Report of the Indian Hemp Drugs Commission, 1894-1895 - Volume VII
Year: 1894
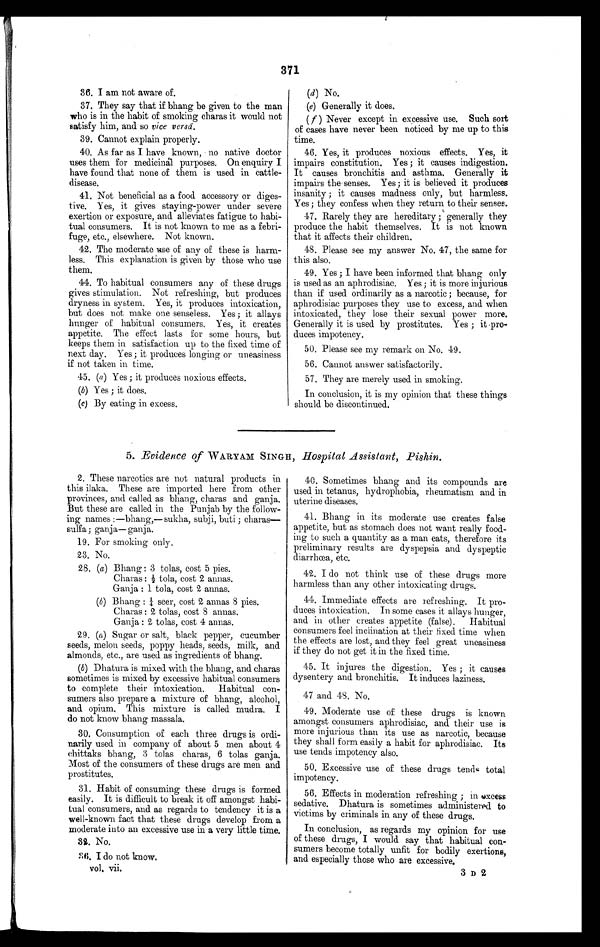
371
36. I am not aware of.
37. They say that if bhang be given to the man
who is in the habit of smoking charas it would not
satisfy him, and so vice versä.
39. Cannot explain properly.
40. As far as I have known, no native doctor
uses them for medicinal purposes. On enquiry I
have found that none of them is used in cattle-
disease.
41. Not beneficial as a food accessory or diges-
tive. Yes, it gives staying-power under severe
exertion or exposure, and alleviates fatigue to habi-
tual consumers. It is not known to me as a febri-
fuge, etc., elsewhere. Not known.
42. The moderate use of any of these is harm-
less. This explanation is given by those who use
them.
44. To habitual consumers any of these drugs
gives stimulation. Not refreshing, but produces
dryness in system. Yes, it produces intoxication,
but does not make one senseless. Yes ; it allays
hunger of habitual consumers. Yes, it creates
appetite. The effect lasts for some hours, but
keeps them in satisfaction up to the fixed time of
next day. Yes ; it produces longing or uneasiness
if not taken in time.
45. (a) Yes ; it produces noxious effects.
(b) Yes ; it does.
(c) By eating in excess.
(d) (d) No.
(e)
Generally it does.
( f ) Never except in excessive use. Such sort
of cases have never been noticed by me up to this
time.
46. Yes, it produces noxious effects. Yes, it
impairs constitution. Yes ; it causes indigestion.
It causes bronchitis and asthma. Generally it
impairs the senses. Yes; it is believed it produces
insanity ; it causes madness only, but harmless.
Yes ; they confess when they return to their senses.
47. Rarely they are hereditary ; generally they
produce the habit themselves. It is not known
that it affects their children.
48. Please see my answer No. 47, the same for
this also.
49. Yes ; I have been informed that bhang only
is used as an aphrodisiac. Yes ; it is more injurious
than if used ordinarily as a narcotic; because, for
aphrodisiac purposes they use to excess, and when
intoxicated, they lose their sexual power more.
Generally it is used by prostitutes. Yes ; it pro-
duces impotency.
50. Please see my remark on No. 49.
56. Cannot answer satisfactorily.
57. They are merely used in smoking.
In conclusion, it is my opinion that these things
should be discontinued.
5. Evidence of WARYAM SINGH, Hospital Assistant, Pishin.
2. These narcotics are not natural products in
this ilaka. These are imported here from other
provinces, and called as bhang, charas and ganja.
But these are called in the Punjab by the follow-
ing names:—bhang,—sukha, subji, buti;
c h a r a s — s u l f a ; g a n j a — g a n j a .
19. For smoking only.
23. No.
28. (a) B hang : 3 tolas, cost 5 pies.
Charas : 2 tola, cost 2 annas.
Ganja : 1 tola, cost 2 annas.
(6) Bhang 1/4 seer, cost 2 annas 8 pies.
Charas : 2 tolas, cost 8 annas.
Ganja : 2 tolas, cost 4 annas.
29. (a) Sugar or salt, black pepper, cucumber
seeds, melon seeds, poppy heads, seeds, milk, and
almonds, etc., are used as ingredients of bhang.
(6) Dhatura is mixed with the bhang, and charas
sometimes is mixed by excessive habitual consumers
to complete their intoxication. Habitual con-
sumers also prepare a mixture of bhang, alcohol,
and opium. This mixture is called mudra. I
do not know bhang massala.
30. Consumption of each three drugs is ordi-
narily used in company of about 5 men about 4
chittaks bhang, 3 tolas charas, 6 tolas ganja.
Most of the consumers of these drugs are men and
prostitutes.
31. Habit of consuming these drugs is formed
easily. It is difficult to break it off amongst habi-
tual consumers, and as regards to tendency it is a
well-known fact that these drugs develop from a
moderate into an excessive use in a very little time.
3 2 . N o .
3 6 . I d o n o t k n o w .
vol. vii.
40. Sometimes bhang and its compounds are
used in tetanus, hydrophobia, rheumatism and in
uterine diseases.
41. Bhang in its moderate use creates false
appetite, but as stomach does not want really food-
ing to such a quantity as a man eats, therefore its
preliminary results are dyspepsia and dyspeptic
diarrhœa, etc.
42. I do not think use of these drugs more
harmless than any other intoxicating drugs.
44. Immediate effects are refreshing. It pro-
duces intoxication. In some cases it allays hunger,
and in other creates appetite (false). Habitual
consumers feel inclination at their fixed time when
the effects are lost, and they feel great uneasiness
if they do not get it in the fixed time.
45. It injures the digestion. Yes ; it causes
dysentery and bronchitis. It induces laziness.
47 and 48. No.
49. Moderate use of these drugs is known
amongst consumers aphrodisiac, and their use is
more injurious than its use as narcotic, because
they shall form easily a habit for aphrodisiac. Its
use tends impotency also.
50. Excessive use of these drugs tend total
impotency.
56. Effects in moderation refreshing ; in excess
sedative. Dhatura is sometimes administered to
victims by criminals in any of these drugs.
In conclusion, as regards my opinion for use
of these drugs, I would say that habitual con-
sumers become totally unfit for bodily exertions,
and especially those who are excessive.
3 D 2